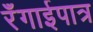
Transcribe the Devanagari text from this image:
रँगाईपात्र